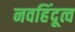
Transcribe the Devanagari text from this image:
नवहिंदूत्व